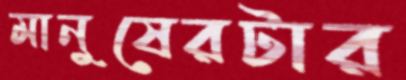
মানুষেরটার